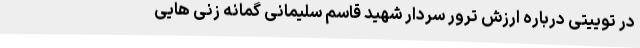
در توییتی درباره ارزش ترور سردار شهید قاسم سلیمانی گمانه زنی هایی